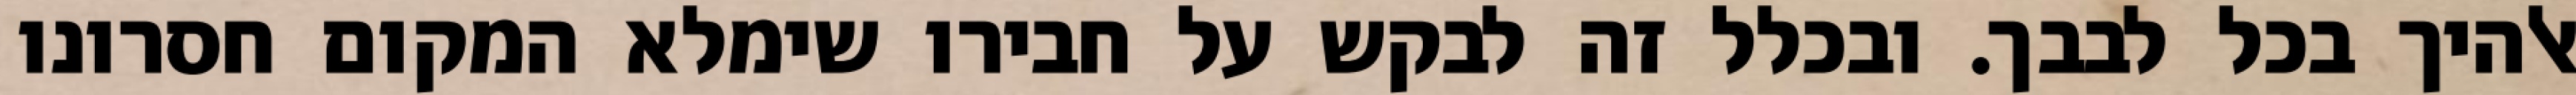
אלהיך בכל לבבך. ובכלל זה לבקש על חבירו שימלא המקום חסרונו